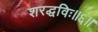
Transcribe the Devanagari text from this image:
शरद्धविः॥६॥